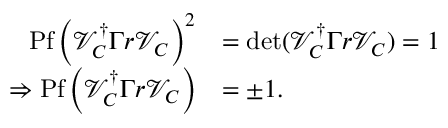
\begin{array} { r l } { \mathrm { P f } \left( \mathcal { V } _ { C } ^ { \dagger } \Gamma r \mathcal { V } _ { C } \right) ^ { 2 } } & { = \operatorname* { d e t } ( \mathcal { V } _ { C } ^ { \dagger } \Gamma r \mathcal { V } _ { C } ) = 1 } \\ { \Rightarrow \mathrm { P f } \left( \mathcal { V } _ { C } ^ { \dagger } \Gamma r \mathcal { V } _ { C } \right) } & { = \pm 1 . } \end{array}